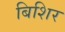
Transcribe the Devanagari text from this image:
बिशिर